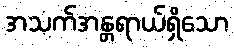
အသက်အန္တရာယ်ရှိသော